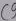
Text: C9